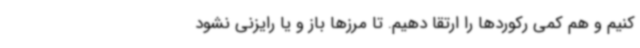
کنیم و هم کمی رکوردها را ارتقا دهیم. تا مرزها باز و یا رایزنی نشود